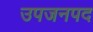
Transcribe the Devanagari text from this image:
उपजनपद